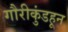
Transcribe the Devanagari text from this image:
गौरीकुंडहून